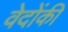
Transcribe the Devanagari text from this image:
वेदोंकी